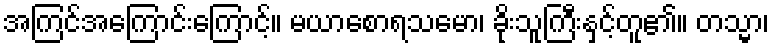
အကြင်အကြောင်းကြောင့်။ မယာစောရသမော၊ ခိုးသူကြီးနှင့်တူ၏။ တသ္မာ၊